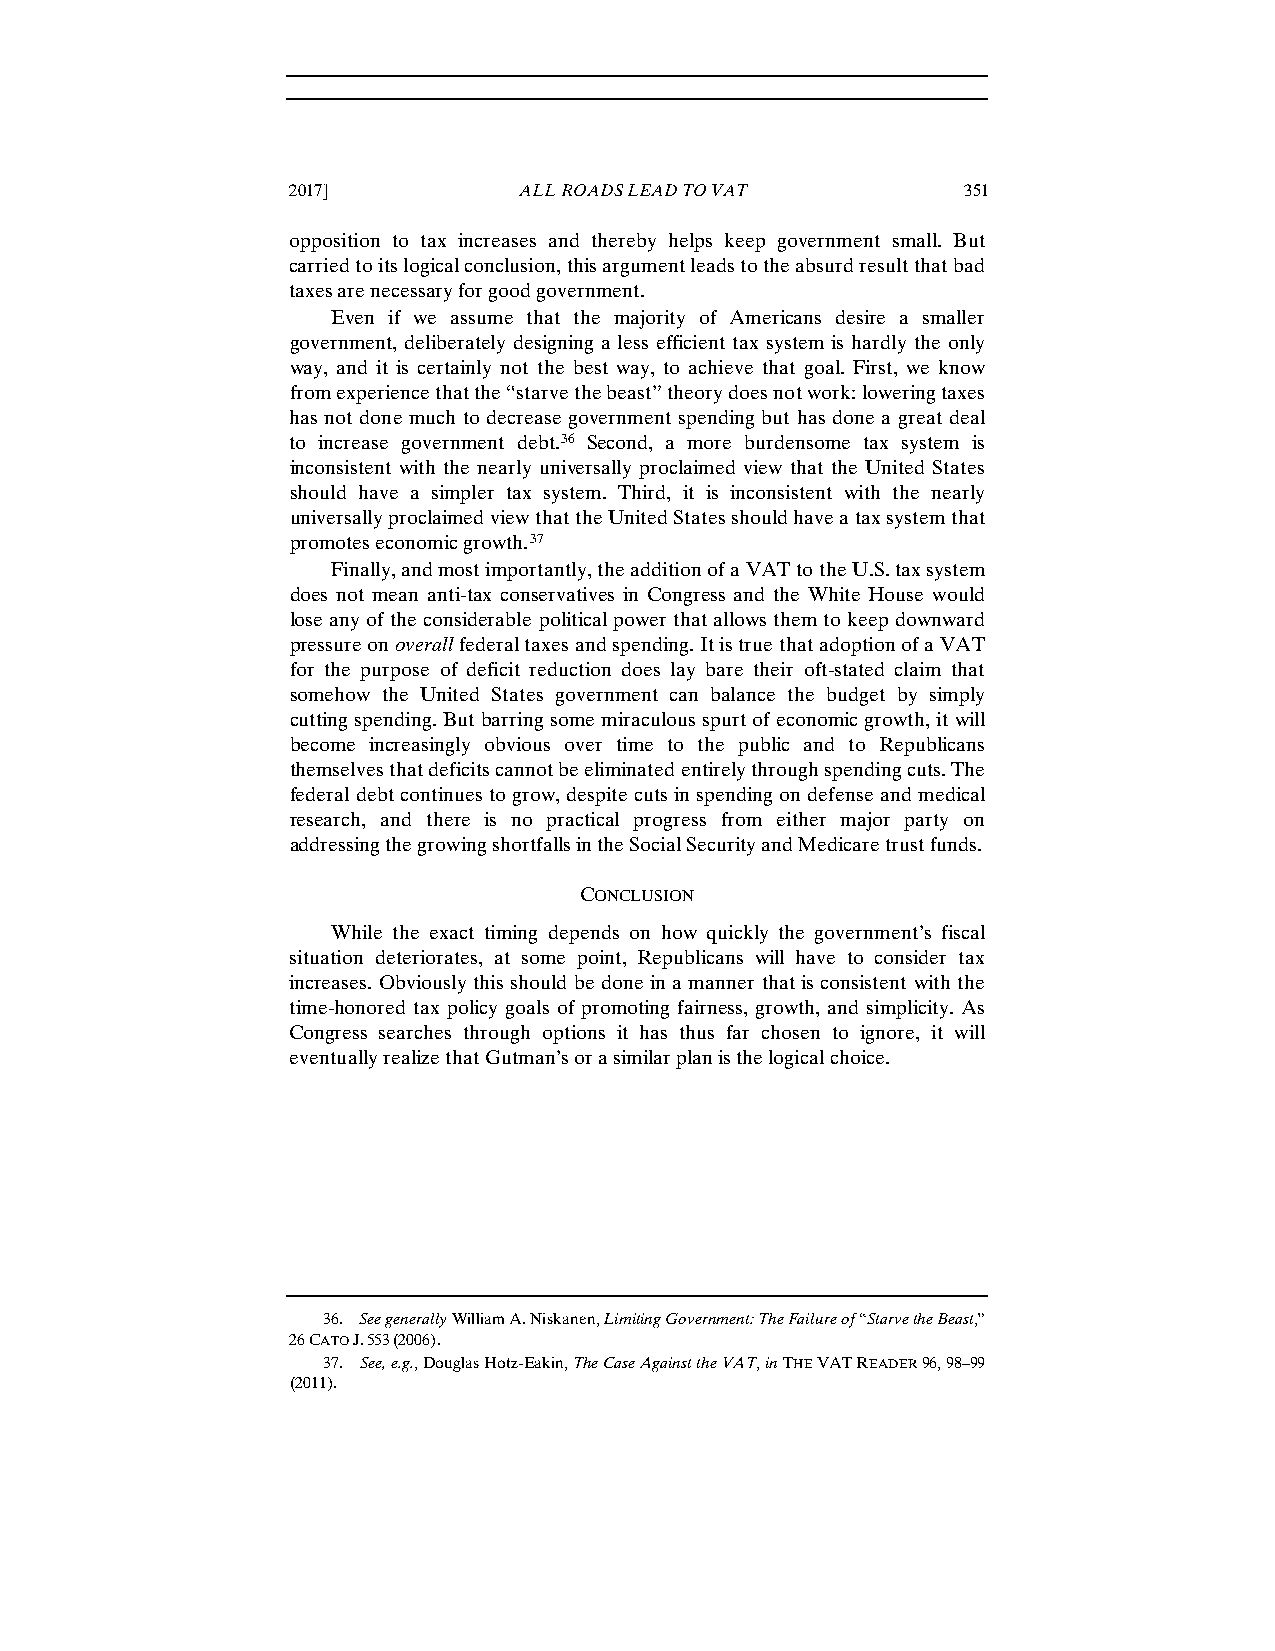
2017]          ALL ROADS LEAD TO VAT         351
 opposition to tax increases and thereby helps keep government small. But
 carried to its logical conclusion, this argument leads to the absurd result that bad
 taxes are necessary for good government.
 Even if we assume that the majority of Americans desire a smaller
 government, deliberately designing a less efficient tax system is hardly the only
 way, and it is certainly not the best way, to achieve that goal. First, we know
 from experience that the “starve the beast” theory does not work: lowering taxes
 has not done much to decrease government spending but has done a great deal
 to increase government debt.36 Second, a more burdensome tax system is
 inconsistent with the nearly universally proclaimed view that the United States
 should have a simpler tax system. Third, it is inconsistent with the nearly
 universally proclaimed view that the United States should have a tax system that
 promotes economic growth.37
 Finally, and most importantly, the addition of a VAT to the U.S. tax system
 does not mean anti-tax conservatives in Congress and the White House would
 lose any of the considerable political power that allows them to keep downward
 pressure on overall federal taxes and spending. It is true that adoption of a VAT
 for the purpose of deficit reduction does lay bare their oft-stated claim that
 somehow the United States government can balance the budget by simply
 cutting spending. But barring some miraculous spurt of economic growth, it will
 become increasingly obvious over time to the public and to Republicans
 themselves that deficits cannot be eliminated entirely through spending cuts. The
 federal debt continues to grow, despite cuts in spending on defense and medical
 research, and there is no practical progress from either major party on
 addressing the growing shortfalls in the Social Security and Medicare trust funds.
 CONCLUSION
 While the exact timing depends on how quickly the government’s fiscal
 situation deteriorates, at some point, Republicans will have to consider tax
 increases. Obviously this should be done in a manner that is consistent with the
 time-honored tax policy goals of promoting fairness, growth, and simplicity. As
 Congress searches through options it has thus far chosen to ignore, it will
 eventually realize that Gutman’s or a similar plan is the logical choice.
 36. See generally William A. Niskanen, Limiting Government: The Failure of “Starve the Beast,”
 26 CATO J. 553 (2006).
 37. See, e.g., Douglas Hotz-Eakin, The Case Against the VAT, in THE VAT READER 96, 98–99
 (2011).